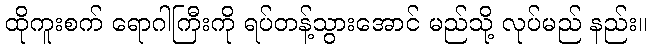
ထိုကူးစက် ရောဂါကြီးကို ရပ်တန့်သွားအောင် မည်သို့ လုပ်မည် နည်း။